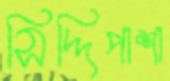
সিদ্দিপাশা